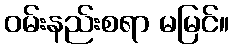
ဝမ်းနည်းစရာ မမြင်။